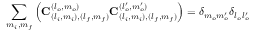
\sum _ { m _ { i } , m _ { f } } \left( \mathbf { C } _ { ( l _ { i } , m _ { i } ) , ( l _ { f } , m _ { f } ) } ^ { ( l _ { o } , m _ { o } ) } \mathbf { C } _ { ( l _ { i } , m _ { i } ) , ( l _ { f } , m _ { f } ) } ^ { ( l _ { o } ^ { \prime } , m _ { o } ^ { \prime } ) } \right) = \delta _ { m _ { o } m _ { o } ^ { \prime } } \delta _ { l _ { o } l _ { o } ^ { \prime } }